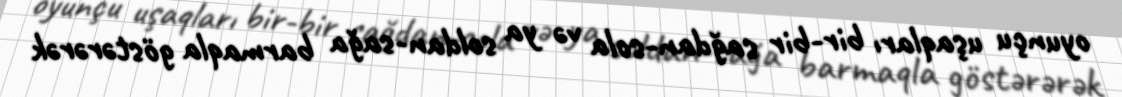
oyunçu uşaqları bir-bir sağdan-sola və ya soldan-sağa barmaqla göstərərək